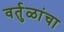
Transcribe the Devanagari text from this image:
वर्तुळांचा